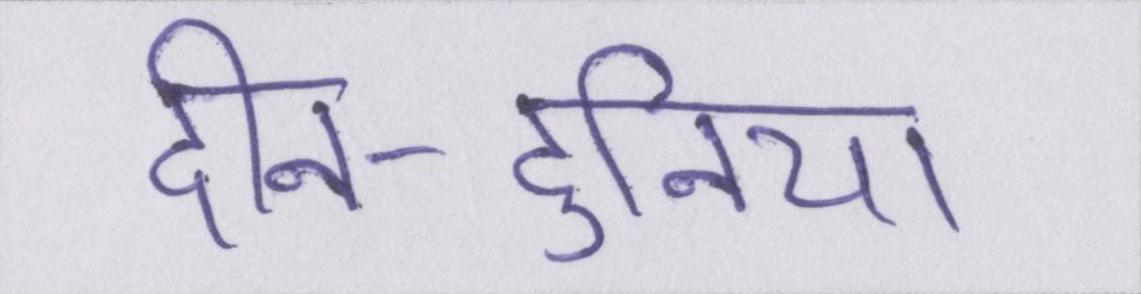
दीन-दुनिया